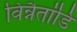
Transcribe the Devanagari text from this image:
विन्नैतांडि